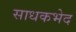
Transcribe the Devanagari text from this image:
साधकभेद